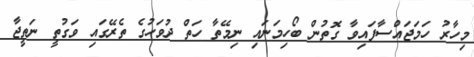
މިހާރު ހަމަޖައްސާފައިވާ ގޮތުން ބޯހިމަނައި ނިމޭތާ ހަތް ދުވަހުގެ ތެރޭގައި ވަގުތީ ނަތީޖާ